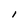
Character: I